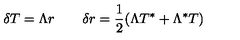
\delta T = \Lambda r \qquad \delta r = { \frac { 1 } { 2 } } ( \Lambda T ^ { * } + \Lambda ^ { * } T )